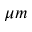
\mu m